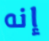
إنه